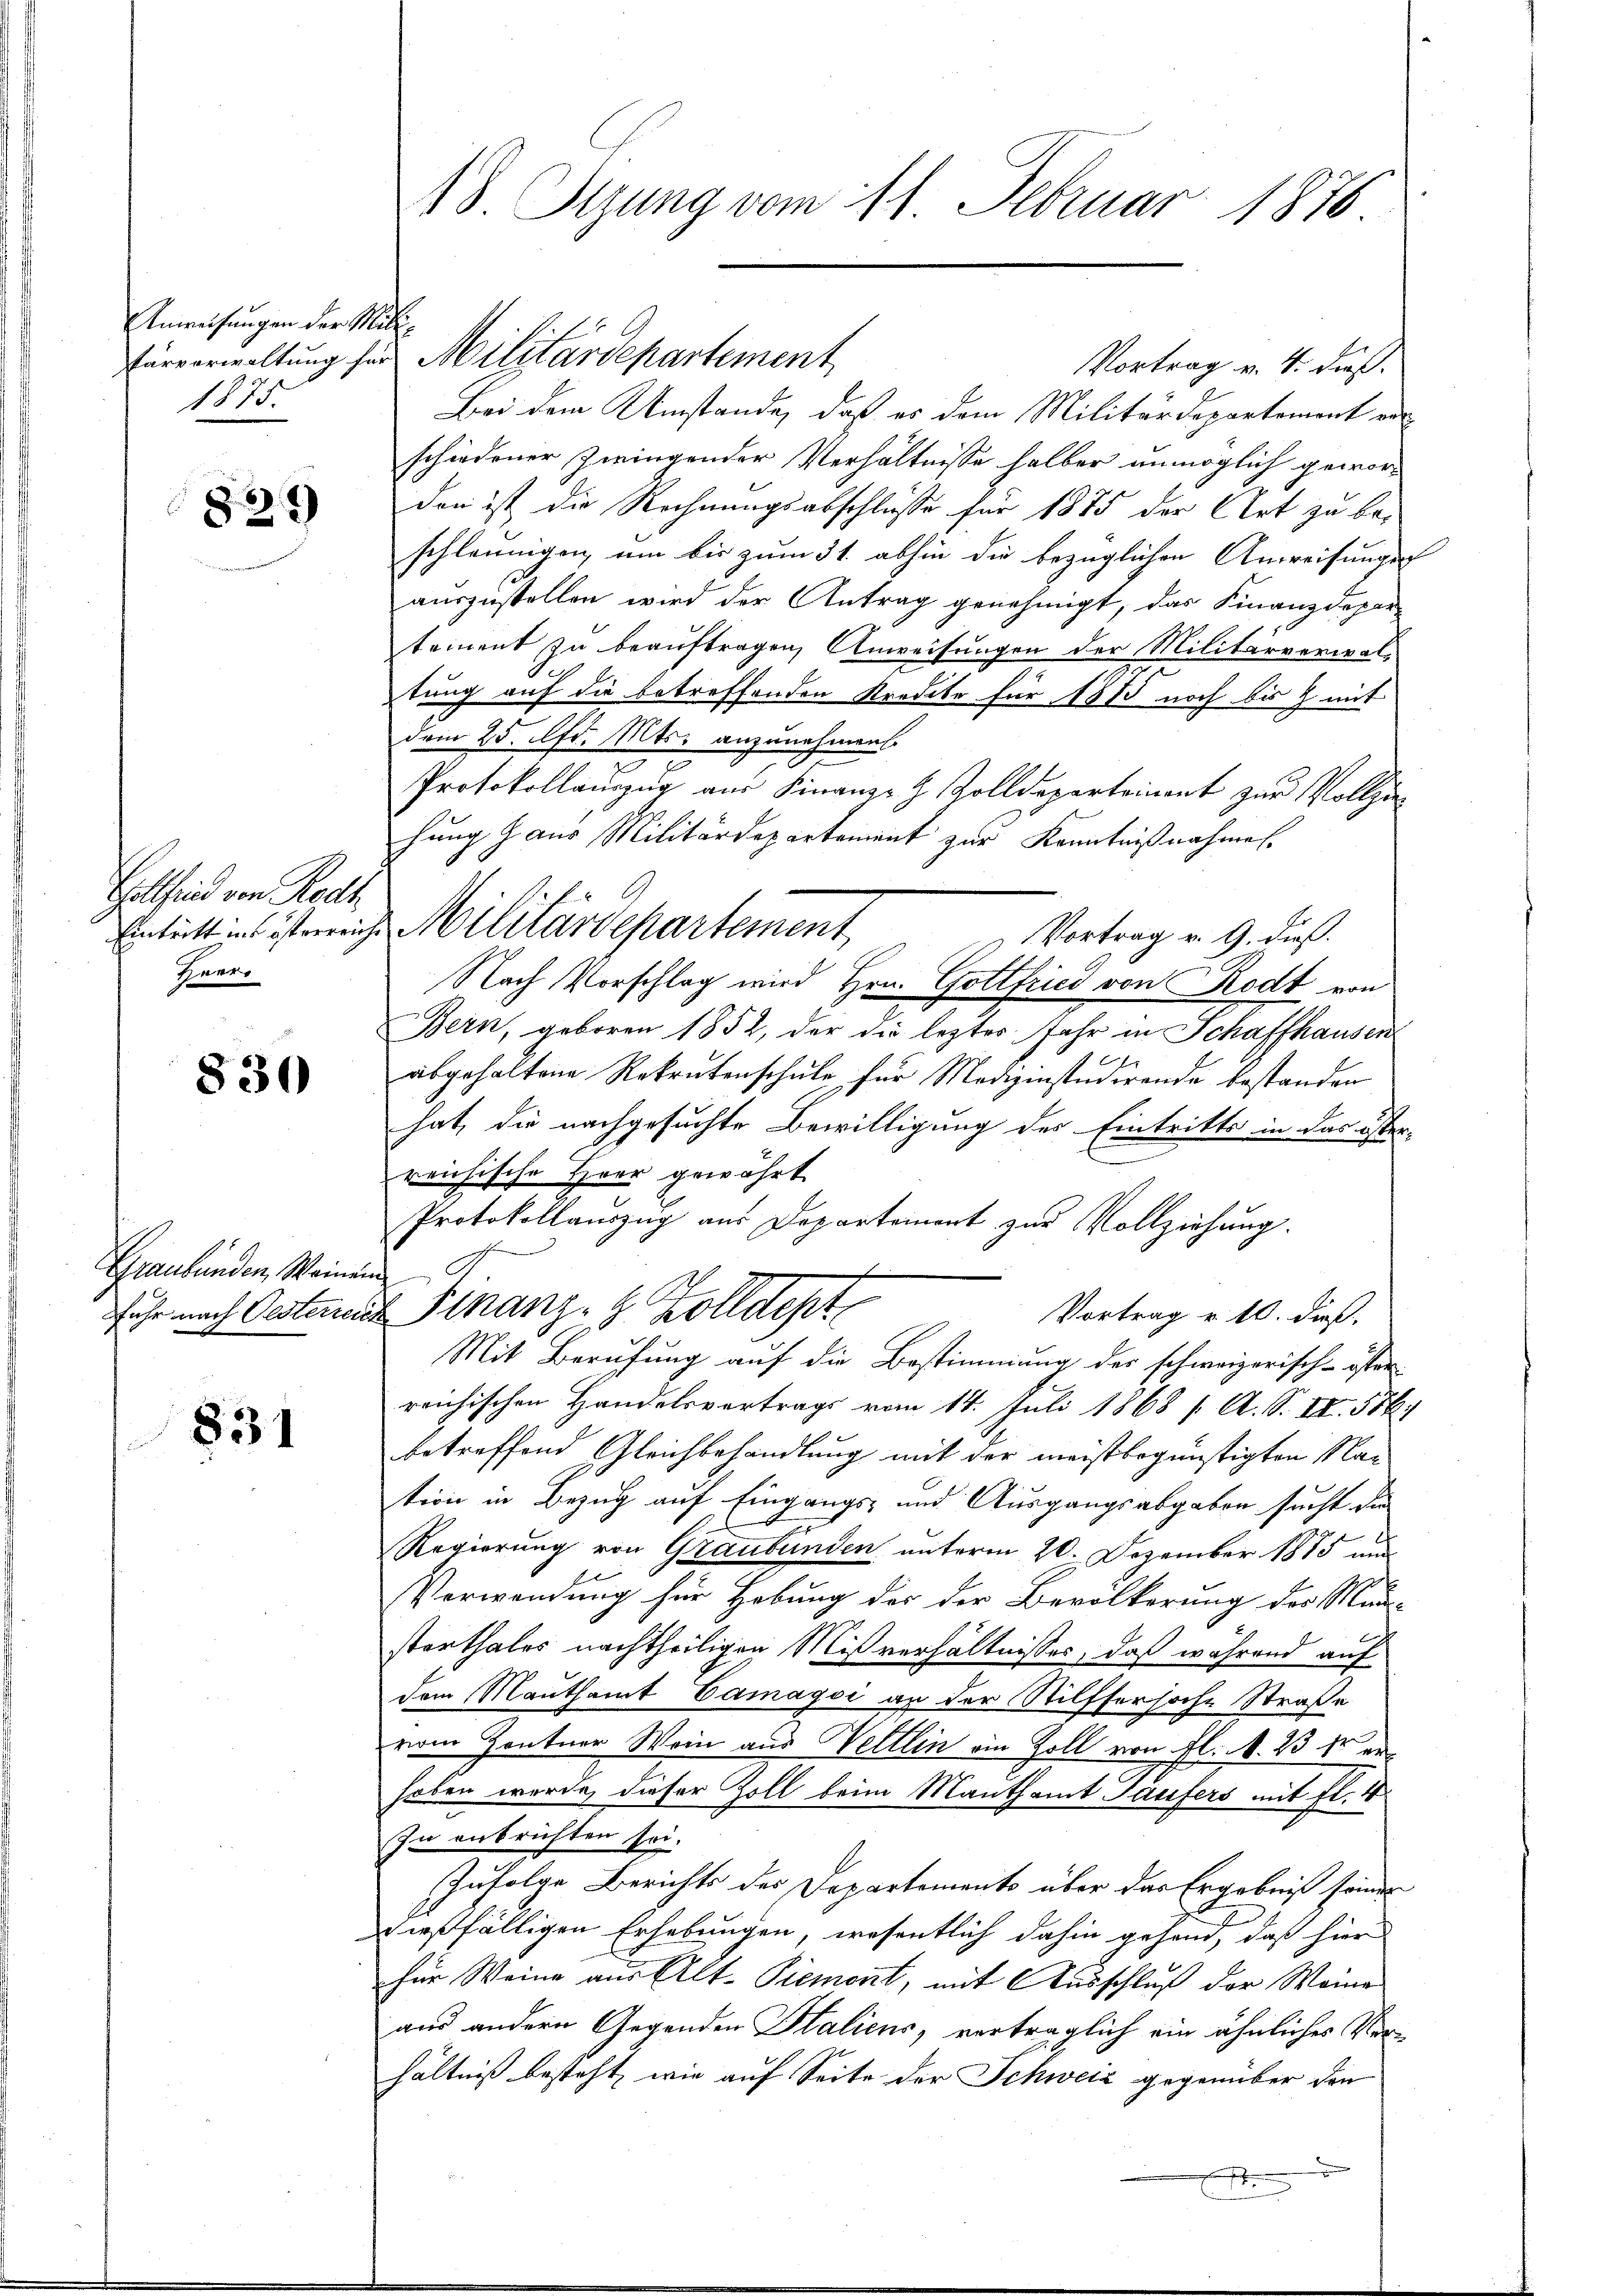
Anweisungen der Mili¬
1875.

822)

Hottind von Rech
Tnerr

830

Graubünden, Weiner
fuhr nach Oesterren

831

18 Sizung vom 11. Februar 1876.

Vortrag v. 4. daß
Bei dem Umstände, daß es dem Militärdepartement von
schiedener Zwingender Verhältnisse halber unmöglich gewordon ist die Rechnungsabschlusse für 1875 der Art zu beschleunigen, um bis zum 31. abhin die bezüglichen Anweisungs-
auszustellen wird der Antrag genehmigt, das Finanzdepar-
tement zu beauftragen, Anweisungen der Militärverwaltung auf die betreffenden Kredite für 1885 noch bis & mit
dem 25. fr. Mts. anzunehmen.
Protokollauszug aus Finanz-H Zolldeparteinent zur Vollzihung aus Militärdepartement zur Kenntnißnahmen.
Vortrag v. 9. dieß.
Nach Vorschlag wird Hrn. Gottfried von Rodt von
Bern, geboren 1852, der die lezter Jahr in Schaffhausen
abgehaltene Rekrutenschule für Medizinstudirende bestanden
hat, die nachgesuchte Bewilligung des Eintritts in das öster-
reichische Herr gewährt
Protokollauszug aus Departement zur Vollziehung.
un
u Finanz- 8 Zolldept
Vortrag v. 10. dieß,
Mit Berufung auf die Bestimmung des schweizerisch-öster
reichischen Handelsvertrags vom 14. Juli 1868 / A. S. II. 574.
betreffend Gleichbehandlung mit der meistbegünstigten Nauteon in Bezug auf Eingangs- und Ausgangsabgaben sucht die
Regierung von Graubünden unterm 20. Dezember 1815 und
Verwendung für Hebung des der Bevölkerung der Mün-
starthales nachtheiligen Mißverhältnisses, daß während auf
dem Mauthamt Camagoi an der Stilfsersache Straße
vom Zentner Wein aus Weltlin ein Zoll von fl. . 23 fr er
haben werde, dieser Zoll beim Manthamt Taufers mit fl. 4
In entrichten sei.
Zufolge Berichts des Departements über das Ergebniß seiner
dießfälligen Erhebungen, wesentlich dahin gehen, daß hier
für Weine aus Alt-Piemont, mit Ausschluß der Weine
aus andern Gegenden Haliens, verträglich ein ähnliches Verhältniß besteht, wie auf Seite der Schweiz gegenüber den

Eintritt in österreiche Militärdepartement

Fürverwaltung für Militärdepartement